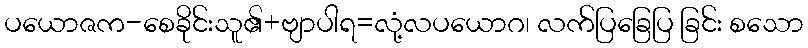
ပယောဇက-စေခိုင်းသူ၏+ဗျာပါရ=လုံ့လပယောဂ၊ လက်ပြခြေပြ ခြင်း စသော